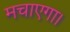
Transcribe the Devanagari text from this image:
मचाएगा।